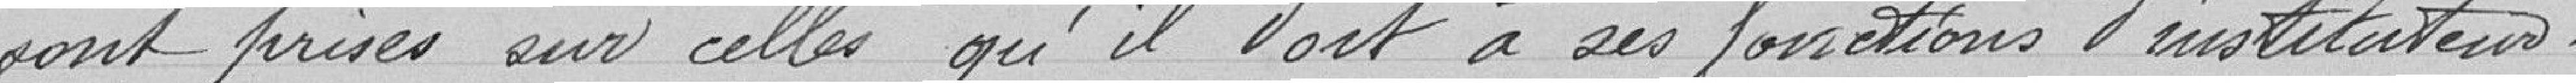
sont prises sur celle qu'il doit à ses fonctions d'instituteur.